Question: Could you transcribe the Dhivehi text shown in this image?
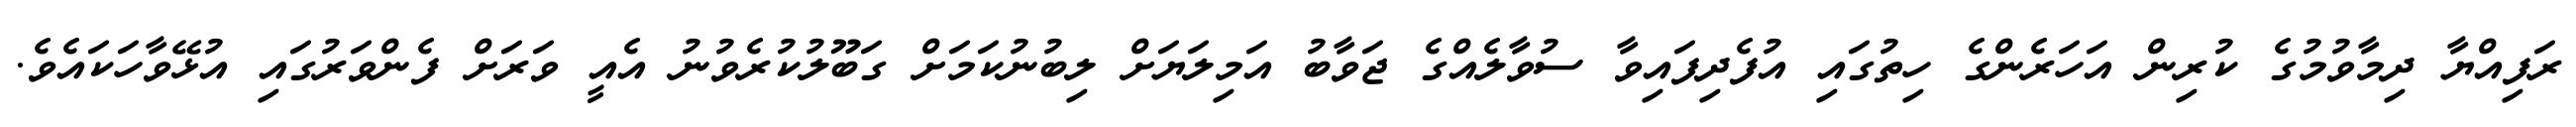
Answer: ރަފިއްޔާ ދިމާވުމުގެ ކުރިން އަހަރެންގެ ހިތުގައި އުފެދިފައިވާ ސުވާލެއްގެ ޖަވާބު އަމިލަޔަށް ލިބުނުކަމަށް ގަބޫލުކުރެވުނު އެއީ ވަރަށް ފެންވަރުގައި އުޅޭވާހަކައެވެ.